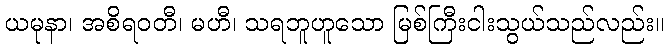
ယမုနာ၊ အစိရဝတီ၊ မဟီ၊ သရဘူဟူသော မြစ်ကြီးငါးသွယ်သည်လည်း။